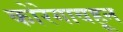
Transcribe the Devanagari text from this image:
कोरेगावहून